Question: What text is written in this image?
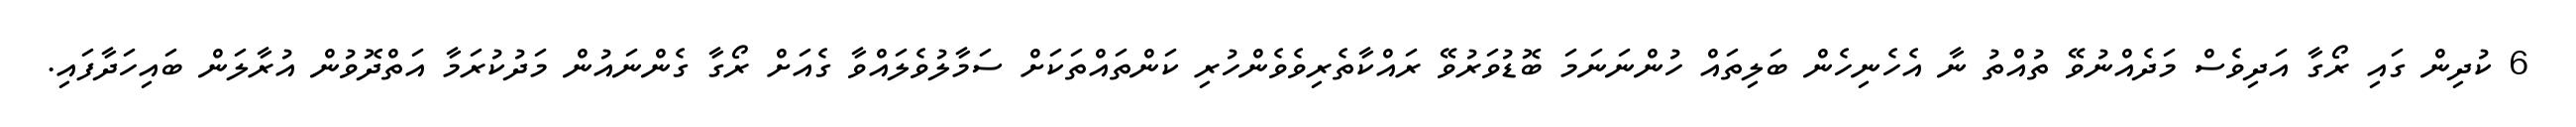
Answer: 6 ކުދިން ގައި ރޯގާ އަދިވެސް މަދެއްނުވޭ ތުއްތު ނާ އެހެނިހެން ބަލިތައް ހުންނަނަމަ ބޮޑުވަރުވޭ ރައްކާތެރިވެވެންހުރި ކަންތައްތަކަށް ސަމާލުވެލައްވާ ގެއަށް ރޯގާ ގެންނައުން މަދުކުރަމާ އަތްދޮވުން އުރާލަން ބައިހަދާފައި.